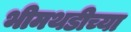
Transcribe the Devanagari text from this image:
भीमथडीच्या